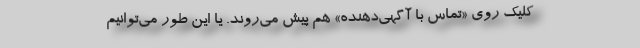
کلیک روی «تماس با آگهی‌دهنده» هم پیش می‌روند. یا این طور می‌توانیم